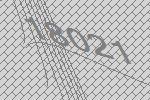
18021